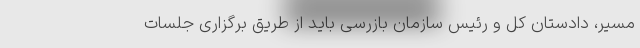
مسیر، دادستان کل و رئیس سازمان بازرسی باید از طریق برگزاری جلسات